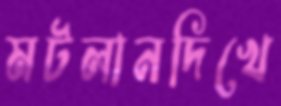
মটলানদিখে